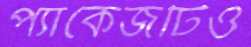
প্যাকেজটিও